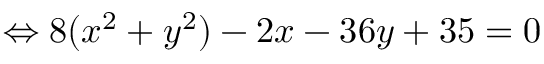
\Leftrightarrow 8 ( x ^ { 2 } + y ^ { 2 } ) - 2 x - 3 6 y + 3 5 = 0